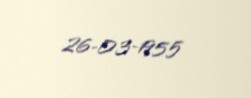
26-03-1955